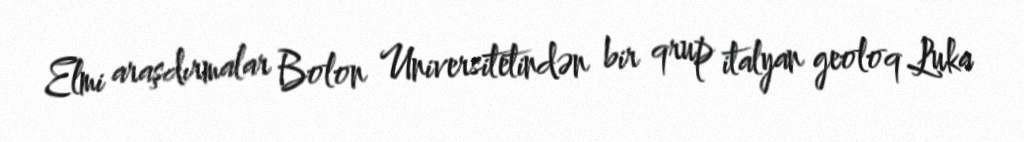
Elmi araşdırmalar Bolon Universitetindən bir qrup italyan geoloq Luka